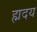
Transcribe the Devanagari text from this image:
ह्मदय